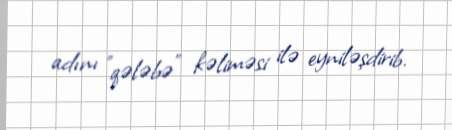
adını "qələbə" kəliməsi ilə eyniləşdirib.